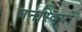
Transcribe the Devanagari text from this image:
मनस्वियों